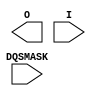
// $Header: /devl/xcs/repo/env/Databases/CAEInterfaces/xec_libs/data/unisims/BUFIODQS.v,v 1.4 2009/09/02 19:42:58 vandanad Exp $
///////////////////////////////////////////////////////////////////////////////
// Copyright (c) 1995/2009 Xilinx, Inc.
// All Right Reserved.
///////////////////////////////////////////////////////////////////////////////
//   ____  ____
//  /   /\/   /
// /___/  \  /    Vendor : Xilinx
// \   \   \/     Version : 11.1i (L.11)
//  \   \         Description : Xilinx Formal Library Component
//  /   /            
// /___/   /\     Filename : BUFIODQS.v
// \   \  /  \    Timestamp :
//  \___\/\___\
//
// Revision:
//    04/28/09 - Initial version.
// End Revision

`timescale  1 ps / 1 ps

module BUFIODQS (O, DQSMASK, I);

    parameter DQSMASK_ENABLE = "FALSE";      // TRUE, FALSE

    output O; 
    input DQSMASK; 
    input I; 

endmodule // BUFIODQS